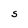
Character: S